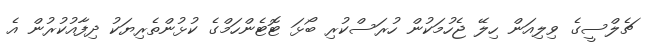
ޗެލްސީގެ ވިލިއަން ހިލޭ ޖެހުމަކުން ހުރަސްކުރި ބޯޅަ ޓޮޓެންހަމްގެ ކުޅުންތެރިޔަކު ދިފާއުކުރުން އެ